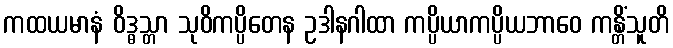
ကထယမာနံ ဝိဒ္ဓသ္တာ သုဝိကပ္ပိတေန ဥဒါနဂါထာ ကပ္ပိယာကပ္ပိယဘာဝေ ကန္တိံသူတိ